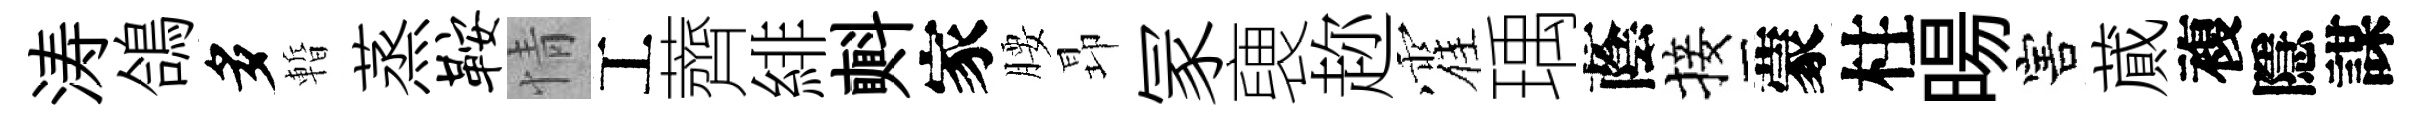
涛鴿多暫蒸鞍情工薺緋㪺家腰昻冡褏趂霍瑀蔭接蒙柱暘害蕆複隱謀